Scottish Leaving Certificate Examination, 1961
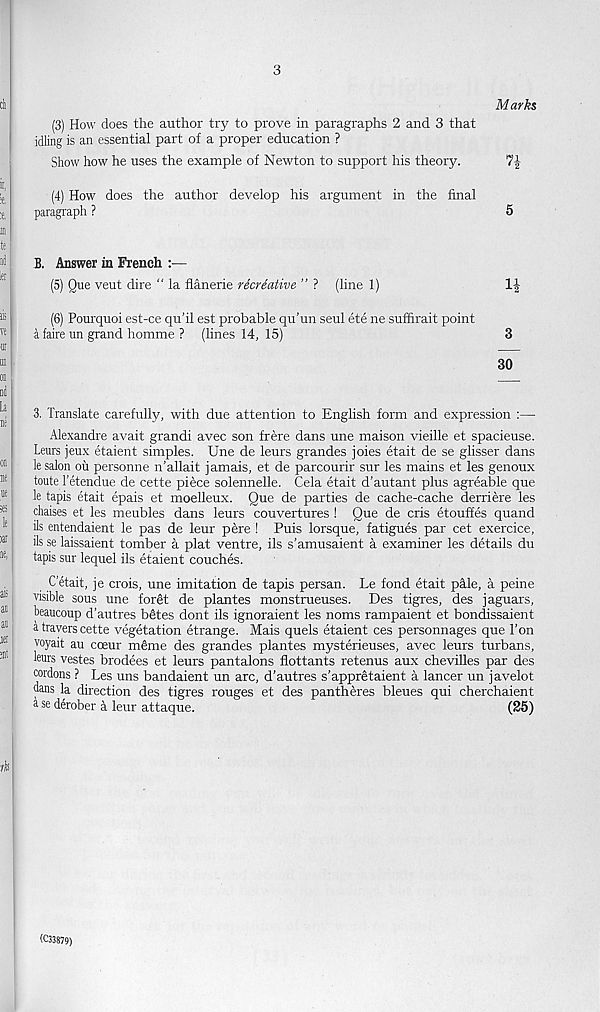
3
Marks
(3) How does the author try to prove in paragraphs 2 and 3 that
idling is an essential part of a proper education ?
Show how he uses the example of Newton to support his theory.
(4) How does the author develop his argument in the final
paragraph ?
5
B. Answer in French :—
(5) Que veut dire “ la flanerie recreative ” ? (line 1)
(6) Pourquoi est-ce qu’il est probable qu’un seul ete ne suffirait point
a faire un grand homme ? (lines 14, 15)
3
30
3. Translate carefully, with due attention to English form and expression :—
Alexandre avait grandi avec son frere dans une maison vieille et spacieuse.
Leurs jeux etaient simples. Une de leurs grandes joies etait de se glisser dans
le salon oii personne n'allait jamais, et de parcourir sur les mains et les genoux
toute 1’etendue de cette piece solennelle. Cela etait d’autant plus agreable que
le tapis etait epais et moelleux. Que de parties de cache-cache derriere les
chaises et les meubles dans leurs couvertures ! Que de cris etouffes quand
ils entendaient le pas de leur pere ! Puis lorsque, fatigues par cet exercice,
ils se laissaient tomber a plat ventre, ils s’amusaient a examiner les details du
tapis sur lequel ils etaient couches.
C’etait, je crois, une imitation de tapis persan. Le fond etait pale, a peine
visible sous une forgt de plantes monstrueuses. Des tigres, des jaguars,
beaucoup d’autres b&tes dont ils ignoraient les noms rampaient et bondissaient
a havers cette vegetation etrange. Mais quels etaient ces personnages que Ton
voyait au coeur m&ne des grandes plantes mysterieuses, avec leurs turbans,
leurs vestes brodees et leurs pantalons flottants retenus aux chevilles par des
cordons ? Les uns bandaient un arc, d'autres s’appretaient a lancer un javelot
dans la direction des tigres rouges et des pantheres bleues qui cherchaient
a se derober a leur attaque.
(25)
(C33879)